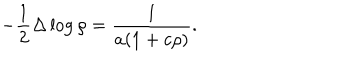
- \frac 1 2 \Delta \log \rho = \frac 1 { a ( 1 + c \rho ) } .